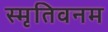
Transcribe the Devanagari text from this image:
स्मृतिवनम